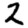
Digit: 2